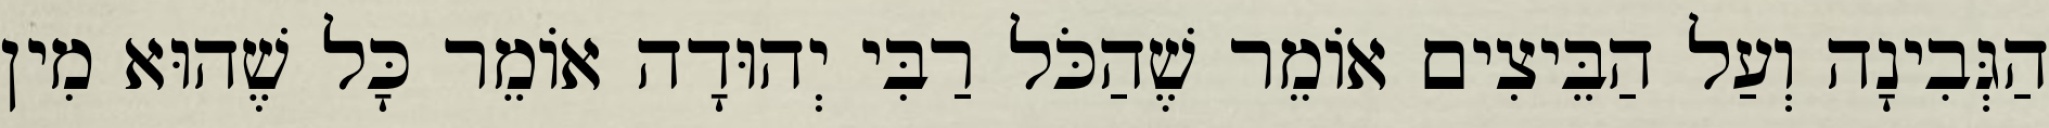
הַגְּבִינָה וְעַל הַבֵּיצִים אוֹמֵר שֶׁהַכֹּל רַבִּי יְהוּדָה אוֹמֵר כָּל שֶׁהוּא מִין